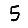
Digit: 5